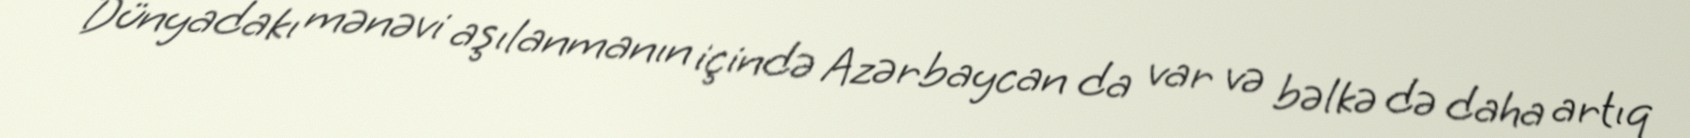
Dünyadakı mənəvi aşılanmanın içində Azərbaycan da var və bəlkə də daha artıq